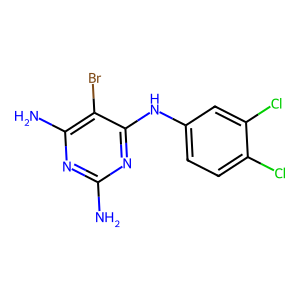
SMILES: Nc1nc(N)c(Br)c(Nc2ccc(Cl)c(Cl)c2)n1
Inhibits HIV replication: Yes